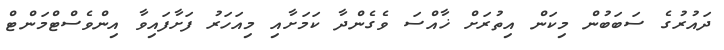
ދައުރުގެ ސަބަބުން މިކަން އިތުރަށް ޚާއްސަ ވެގެންދާ ކަމަށާއި މިއަހަރު ފަށާފައިވާ އިންވެސްޓްމަންޓް